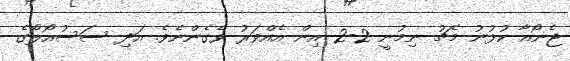
ޖެނޯއާ ކުޅުނު މެޗު ނިމުނީ 2-2 އިން އެއްވަރު ވެގެންނެވެ. އަދި ސަސުއޯލޯގެ